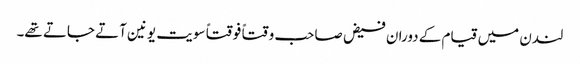
لندن میں قیام کے دوران فیض صاحب وقتاً فوقتاً سویت یونین آتے جاتے تھے۔